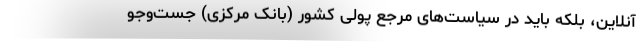
آنلاین، بلکه باید در سیاست‌های مرجع پولی کشور (بانک مرکزی) جست‌وجو